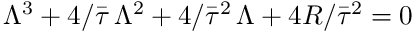
\Lambda ^ { 3 } + 4 / \bar { \tau } \, \Lambda ^ { 2 } + 4 / \bar { \tau } ^ { 2 } \, \Lambda + 4 R / \bar { \tau } ^ { 2 } = 0